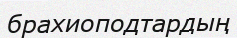
брахиоподтардың